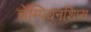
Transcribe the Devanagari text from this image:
चॅम्पियनशिप्स